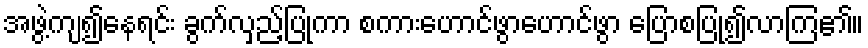
အဖွဲ့ကျ၍နေရင်း ခွက်လှည့်ပြုကာ စကားဟောင်ဖွာဟောင်ဖွာ ပြောစပြု၍လာကြ၏။